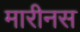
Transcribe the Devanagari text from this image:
मारीनस